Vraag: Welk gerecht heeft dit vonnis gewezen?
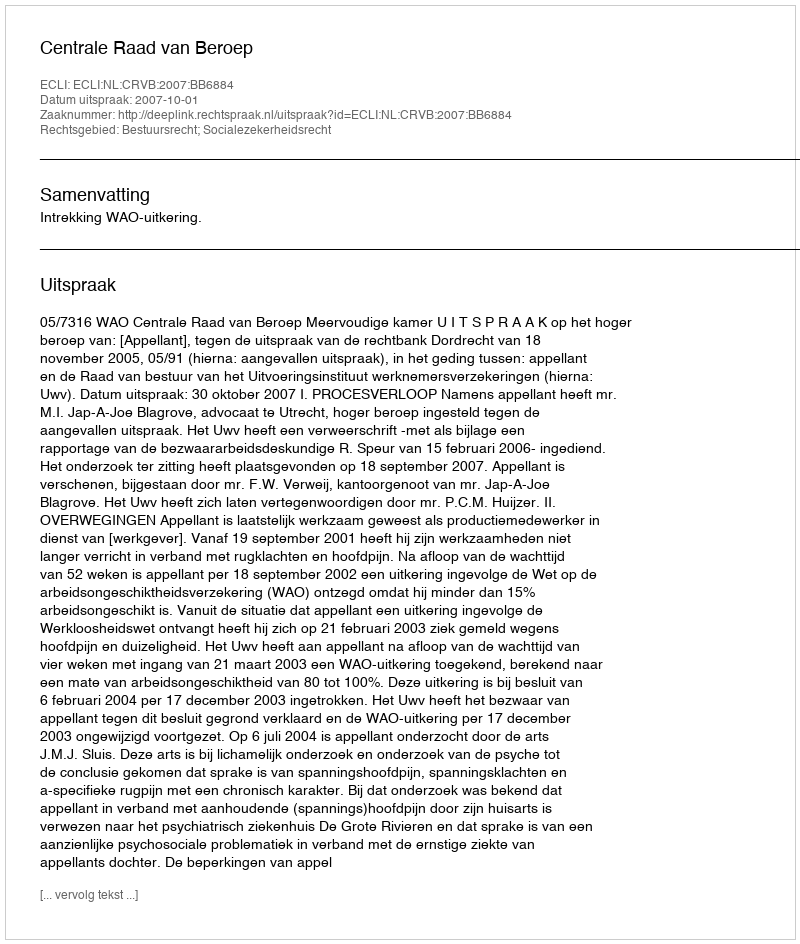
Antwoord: Centrale Raad van Beroep